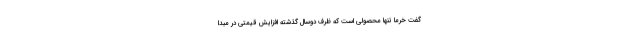
گفت خرما تنها محصولی است که ظرف دوسال گذشته افزایش قیمتی در مبدا